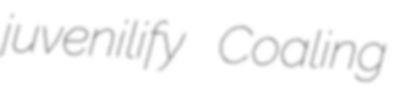
juvenilify Coaling